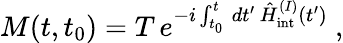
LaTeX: M(t,t_{0})=T\, e^{-i\int_{t_{0}}^{t}\, dt^{\prime}\, \hat{H}_{\mathrm{int}}^{(I)}(t^{\prime})}\ ,